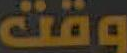
وقت